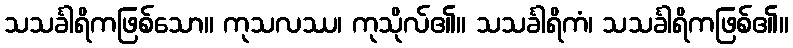
သသင်္ခါရိကဖြစ်သော။ ကုသလဿ၊ ကုသိုလ်၏။ သသင်္ခါရိကံ၊ သသင်္ခါရိကဖြစ်၏။